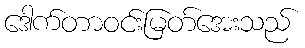
ဒေါက်တာဝင်းမြတ်အေးသည်